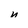
Character: u